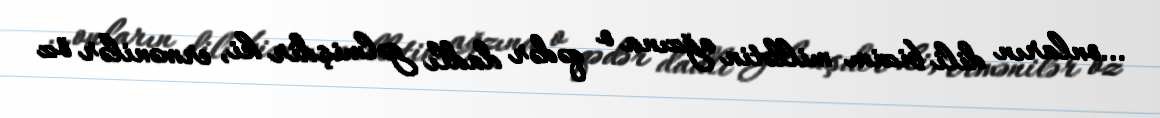
…onların dili bizim millətin ağzına o qədər dadlı gəlmişdir ki, ermənilər öz